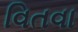
વિતવા